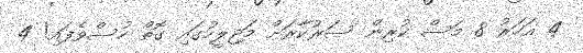
4 އަހަރު 8 މަސް ކުރިން ސަރުކާރަށް މަޖިލީހުގައި ގޮތް ހުސްވެފައި! 4